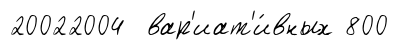
20022004 вар'иат'и́вных 800